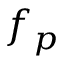
f _ { p }